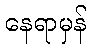
နေရာမှန်